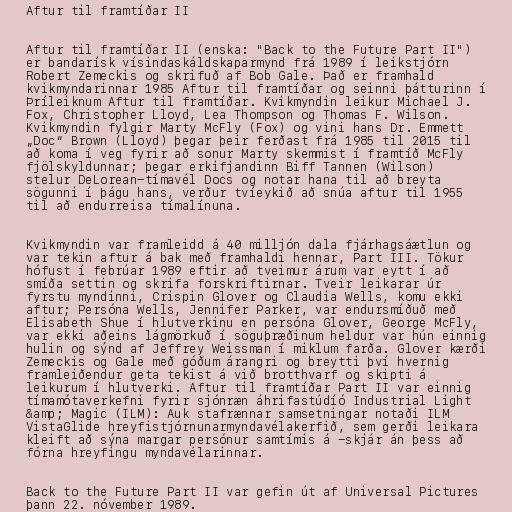
Aftur til framtíðar II

Aftur til framtíðar II (enska: "Back to the Future Part II")
er bandarísk vísindaskáldskaparmynd frá 1989 í leikstjórn
Robert Zemeckis og skrifuð af Bob Gale. Það er framhald
kvikmyndarinnar 1985 Aftur til framtíðar og seinni þátturinn í
Þríleiknum Aftur til framtíðar. Kvikmyndin leikur Michael J.
Fox, Christopher Lloyd, Lea Thompson og Thomas F. Wilson.
Kvikmyndin fylgir Marty McFly (Fox) og vini hans Dr. Emmett
„Doc“ Brown (Lloyd) þegar þeir ferðast frá 1985 til 2015 til
að koma í veg fyrir að sonur Marty skemmist í framtíð McFly
fjölskyldunnar; þegar erkifjandinn Biff Tannen (Wilson)
stelur DeLorean-tímavél Docs og notar hana til að breyta
sögunni í þágu hans, verður tvíeykið að snúa aftur til 1955
til að endurreisa tímalínuna.

Kvikmyndin var framleidd á 40 milljón dala fjárhagsáætlun og
var tekin aftur á bak með framhaldi hennar, Part III. Tökur
hófust í febrúar 1989 eftir að tveimur árum var eytt í að
smíða settin og skrifa forskriftirnar. Tveir leikarar úr
fyrstu myndinni, Crispin Glover og Claudia Wells, komu ekki
aftur; Persóna Wells, Jennifer Parker, var endursmíðuð með
Elisabeth Shue í hlutverkinu en persóna Glover, George McFly,
var ekki aðeins lágmörkuð í söguþræðinum heldur var hún einnig
hulin og sýnd af Jeffrey Weissman í miklum farða. Glover kærði
Zemeckis og Gale með góðum árangri og breytti því hvernig
framleiðendur geta tekist á við brotthvarf og skipti á
leikurum í hlutverki. Aftur til framtíðar Part II var einnig
tímamótaverkefni fyrir sjónræn áhrifastúdíó Industrial Light
&amp; Magic (ILM): Auk stafrænnar samsetningar notaði ILM
VistaGlide hreyfistjórnunarmyndavélakerfið, sem gerði leikara
kleift að sýna margar persónur samtímis á -skjár án þess að
fórna hreyfingu myndavélarinnar.

Back to the Future Part II var gefin út af Universal Pictures
þann 22. nóvember 1989.